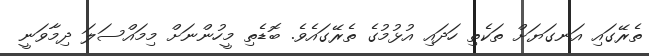
ތެރޭގައި އަނގަޔަށް ތަކެތި ހަދައި އުޅުމުގެ ތެރޭގައެވެ. ބޮޑެތި މީހުންނަށް މިމައްސަލަ ދިމާވަނީ